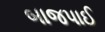
બાજપાઈ